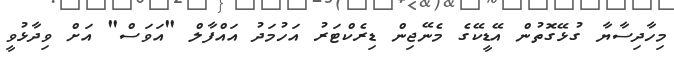
މިހާދިސާޔާ ގުޅޭގޮތުން އޭޑީކޭގެ މެނޭޖިން ޑިރެކްޓަރު އަހުމަދު އައްފާލް "އަވަސް" އަށް ވިދާޅުވީ